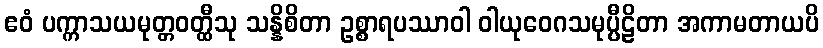
ဧဝံ ပက္ကာသယမုတ္တဝတ္ထီသု သန္နိစိတာ ဥစ္စာရပဿာဝါ ဝါယုဝေဂသမုပ္ပီဠိတာ အကာမတာယပိ